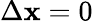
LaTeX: \Delta\mathbf{x}=0